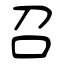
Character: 召